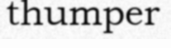
thumper